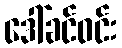
ဒေါ်ခင်ဝင်း